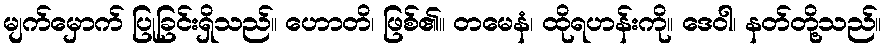
မျက်မှောက် ပြုခြင်းရှိသည်။ ဟောတိ၊ ဖြစ်၏။ တမေနံ၊ ထိုရဟန်းကို။ ဒေဝါ၊ နတ်တို့သည်။